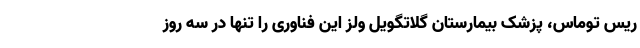
ریس توماس، پزشک بیمارستان گلاتگویل ولز این فناوری را تنها در سه روز